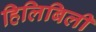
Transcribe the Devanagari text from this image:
हिलिबिली